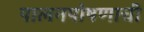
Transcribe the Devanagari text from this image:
पालनपोषणाची